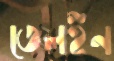
তেলইন